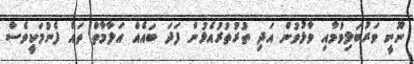
ނޫނީ ވަރުބަލިވުމާއި ވާޅުވުން އަދި ތުރުތުރުއެޅުން ފަދަ ބައެއް އަލާމާތް ތައް ފެނުމަކީވެސް